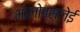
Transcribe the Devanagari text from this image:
भालोबसलेई